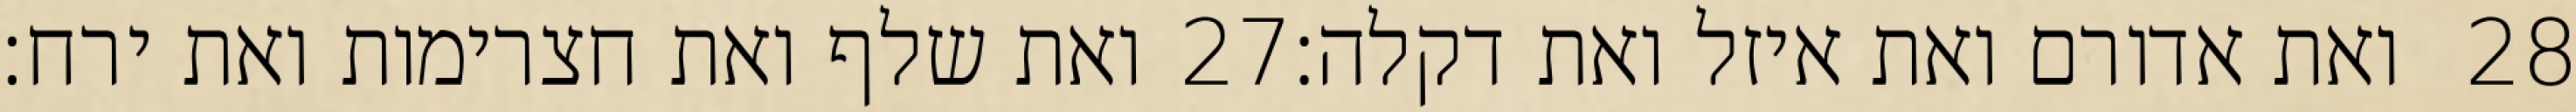
ואת שלף ואת חצרימות ואת ירח׃ ‎27‏ ואת אדורם ואת איזל ואת דקלה׃ ‎28‏